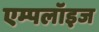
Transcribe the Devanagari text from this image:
एम्पलॉइज